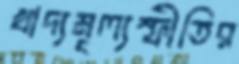
খাদ্যমূল্যস্ফীতির